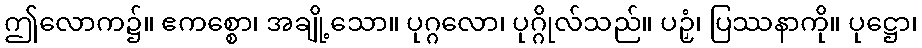
ဤလောက၌။ ဧကစ္စော၊ အချို့သော။ ပုဂ္ဂလော၊ ပုဂ္ဂိုလ်သည်။ ပဉှံ၊ ပြဿနာကို။ ပုဋ္ဌော၊